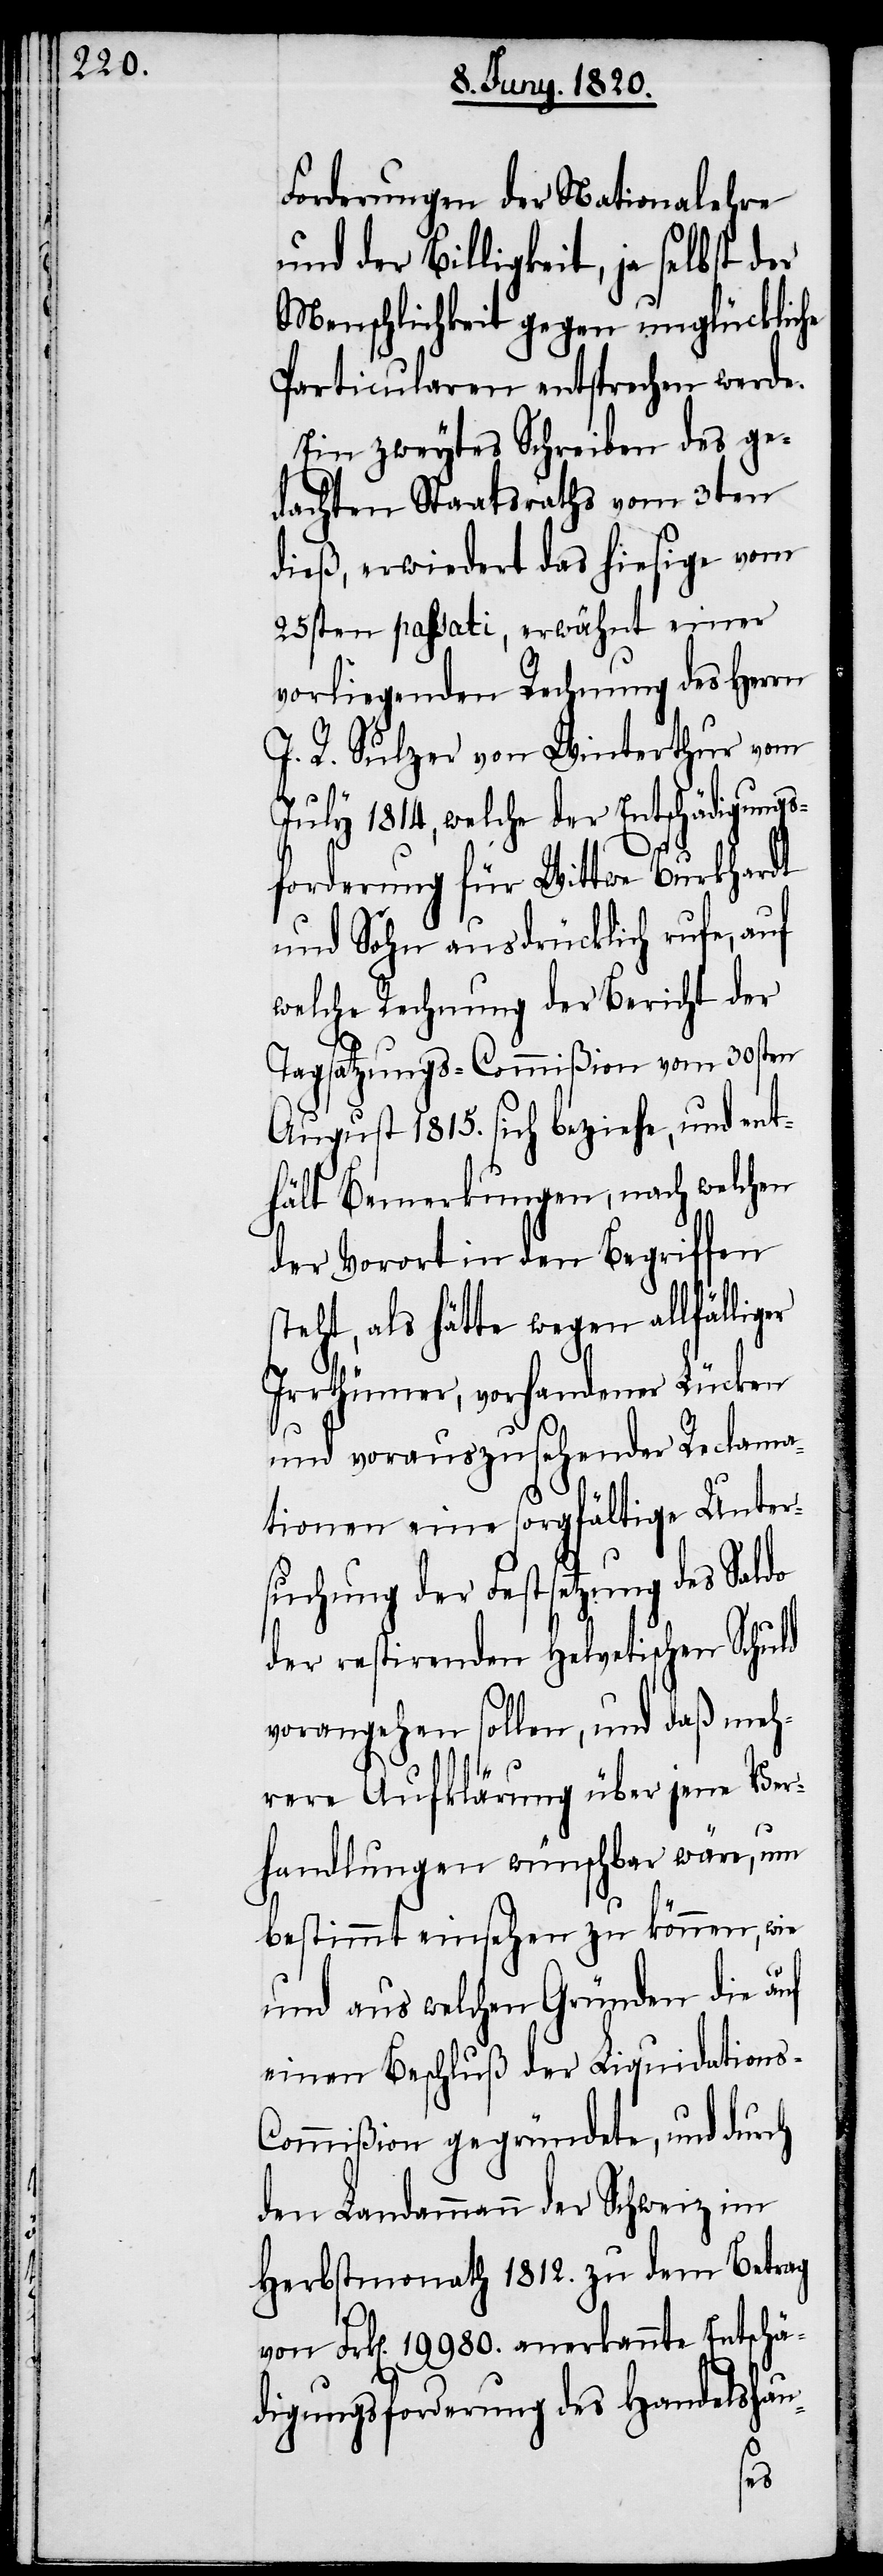
Forderungen der Nationalehre
und der Billigkeit, ja selbst der
Menschlichkeit gegen unglückliche
Particularen entsprechen werde.
Ein zweytes Schreiben des ge¬
dachten Staatsraths vom 3ten
dieß, erwiedert das hiesige vom
25sten passati, erwähnt einer
vorliegenden Rechnung des Herrn
J. R. Sulzer von Winterthur vom
July 1814, welche der Entschädigungs¬
forderung für Wittwe Burkhardt
und Sohn ausdrücklich rufe, auf
welche Rechnung der Bericht der
Tagsatzungs-Commiβion vom 30sten
August 1815. sich beziehe, und ent¬
hält Bemerkungen, nach welchen
der Vorort in den Begriffen
steht, als hätte wegen allfällig¬
Irrthümer, vorhandener Lücken,
und vorauszusehender Reclama¬
tionen eine sorgfältige Unter¬
suchung der Festsetzung des Saldo
der restirenden helvetischen Schuld
vorangehen sollen, und daß meh¬
rere Aufklärung über jene Ver¬
handlungen wünschbar wäre, um
bestimmt einsehen zu können, wie
und aus welchen Gründen die auf
einen Beschluß der Liquidations-C¬
ommiβion gegründete, und durch
den Landammann der Schweiz im
Herbstmonath 1812. zu dem Betrag
von Frk[en]. 19980. anerkannte Entschä¬
digungsforderung des Handelshau-
er